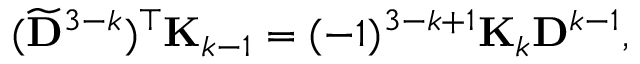
( \widetilde { \bf D } ^ { 3 - k } ) ^ { \top } { \bf K } _ { k - 1 } = ( - 1 ) ^ { 3 - k + 1 } { \bf K } _ { k } { \bf D } ^ { k - 1 } ,